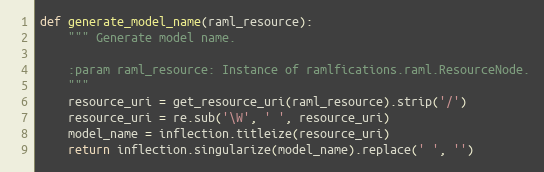
Language: Python
def generate_model_name(raml_resource):
    """ Generate model name.

    :param raml_resource: Instance of ramlfications.raml.ResourceNode.
    """
    resource_uri = get_resource_uri(raml_resource).strip('/')
    resource_uri = re.sub('\W', ' ', resource_uri)
    model_name = inflection.titleize(resource_uri)
    return inflection.singularize(model_name).replace(' ', '')